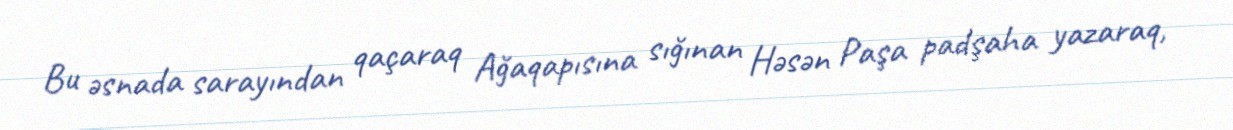
Bu əsnada sarayından qaçaraq Ağaqapısına sığınan Həsən Paşa padşaha yazaraq,